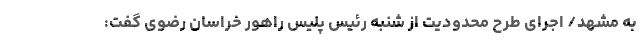
به مشهد/ اجرای طرح محدودیت از شنبه رئیس پلیس راهور خراسان رضوی گفت: